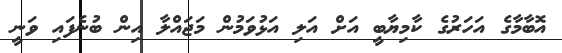
އޮބާމާގެ އަހަރުގެ ކާމިޔާބީ އަށް އަލި އަޅުވަމުން މަޖައްލާ އިން ބުނެފައި ވަނީ